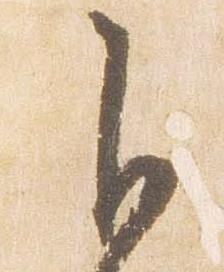
自